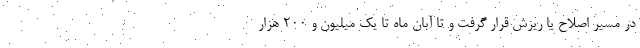
در مسیر اصلاح یا ریزش قرار گرفت و تا آبان ماه تا یک میلیون و ۲۰۰ هزار